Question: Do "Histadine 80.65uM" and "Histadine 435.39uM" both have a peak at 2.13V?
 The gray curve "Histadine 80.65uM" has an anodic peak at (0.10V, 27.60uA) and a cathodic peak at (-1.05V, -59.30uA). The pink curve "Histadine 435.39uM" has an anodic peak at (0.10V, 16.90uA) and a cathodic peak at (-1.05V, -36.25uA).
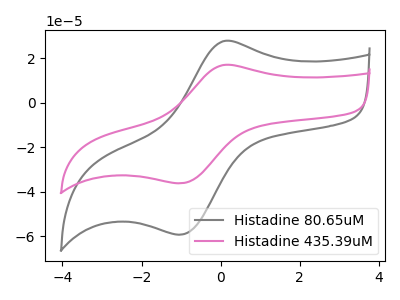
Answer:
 <answer>No, "Histadine 80.65uM" and "Histadine 435.39uM" dont share a peak at 2.13V.</answer>
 <eval>mismatch</eval>